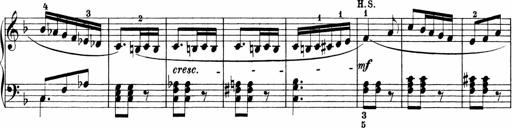
Title: Sonatinen Op.47, 98 und 136, nebst 6 Liedersonatinen
Composer: Carl Reinecke